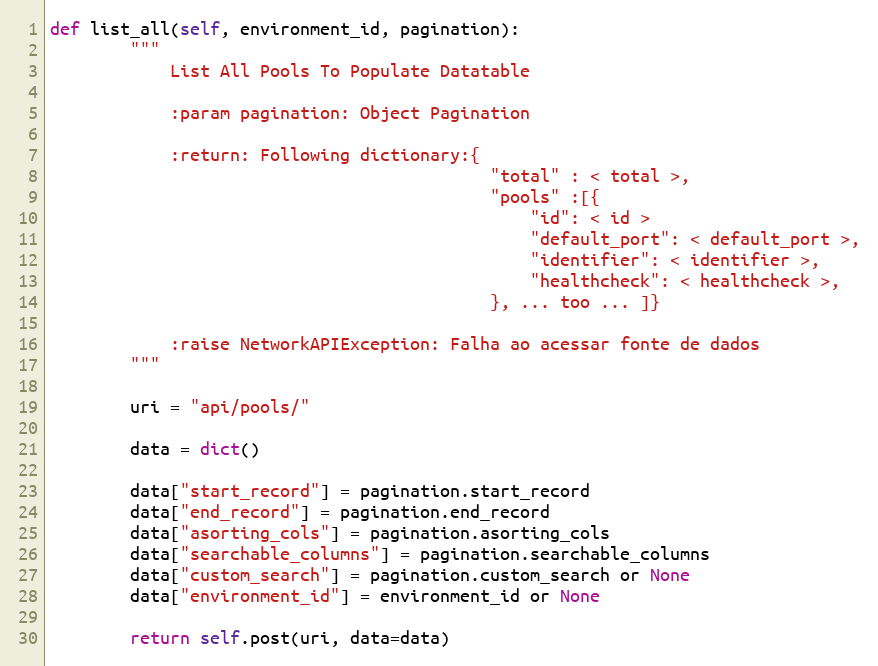
Language: Python
def list_all(self, environment_id, pagination):
        """
            List All Pools To Populate Datatable

            :param pagination: Object Pagination

            :return: Following dictionary:{
                                            "total" : < total >,
                                            "pools" :[{
                                                "id": < id >
                                                "default_port": < default_port >,
                                                "identifier": < identifier >,
                                                "healthcheck": < healthcheck >,
                                            }, ... too ... ]}

            :raise NetworkAPIException: Falha ao acessar fonte de dados
        """

        uri = "api/pools/"

        data = dict()

        data["start_record"] = pagination.start_record
        data["end_record"] = pagination.end_record
        data["asorting_cols"] = pagination.asorting_cols
        data["searchable_columns"] = pagination.searchable_columns
        data["custom_search"] = pagination.custom_search or None
        data["environment_id"] = environment_id or None

        return self.post(uri, data=data)